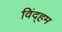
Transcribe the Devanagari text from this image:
विंद्हम